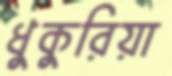
ধুকুরিয়া